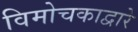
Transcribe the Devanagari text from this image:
विमोचकाद्वारे